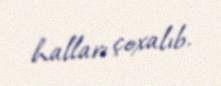
halları çoxalıb.